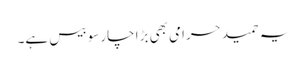
یہ حمید حرامی بھی بڑا چارسو بیس ہے۔